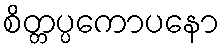
စိတ္တပ္ပကောပနော